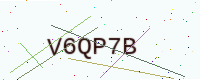
Text: V6QP7B